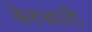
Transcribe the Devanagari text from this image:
बेरुबारी